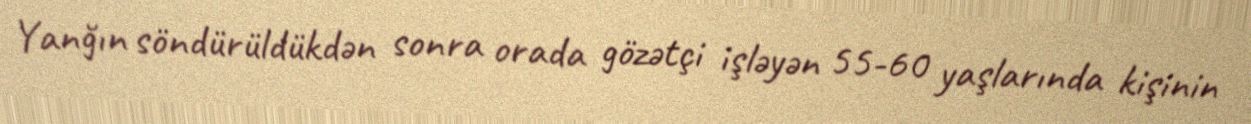
Yanğın söndürüldükdən sonra orada gözətçi işləyən 55-60 yaşlarında kişinin